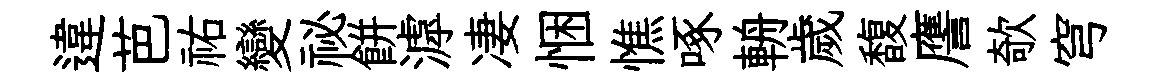
違芭祐變祕餅滹凄悃憔啄輈歲馥譍欹穹